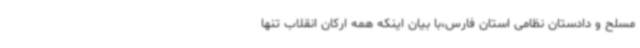
مسلح و دادستان نظامی استان فارس،با بیان اینکه همه ارکان انقلاب تنها